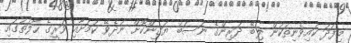
މިފަދަ ކައިވެނިތަކުން ލިބޭ ދަރިންގެ ނަސަބު ޔަގީންކޮށް ނުދެވޭ ކަމަށާއި ވަރީގެ ހާލަތުގައި